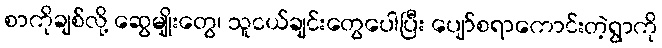
စာကိုချစ်လို့ ဆွေမျိုးတွေ၊ သူငယ်ချင်းတွေပေါပြီး ပျော်စရာကောင်းတဲ့ရွာကို